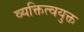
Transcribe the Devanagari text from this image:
व्यक्तित्वयुक्त